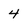
Character: 4